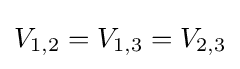
V_{1,2}=V_{1,3}=V_{2,3}